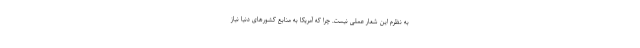
به نظرم این شعار عملی نیست. چرا که آمریکا به منابع کشورهای دنیا نیاز